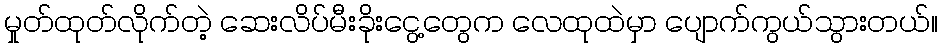
မှုတ်ထုတ်လိုက်တဲ့ ဆေးလိပ်မီးခိုးငွေ့တွေက လေထုထဲမှာ ပျောက်ကွယ်သွားတယ်။